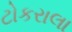
ટોકરાલા